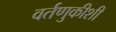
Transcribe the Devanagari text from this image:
वर्तणुकीशी